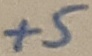
Text: +5